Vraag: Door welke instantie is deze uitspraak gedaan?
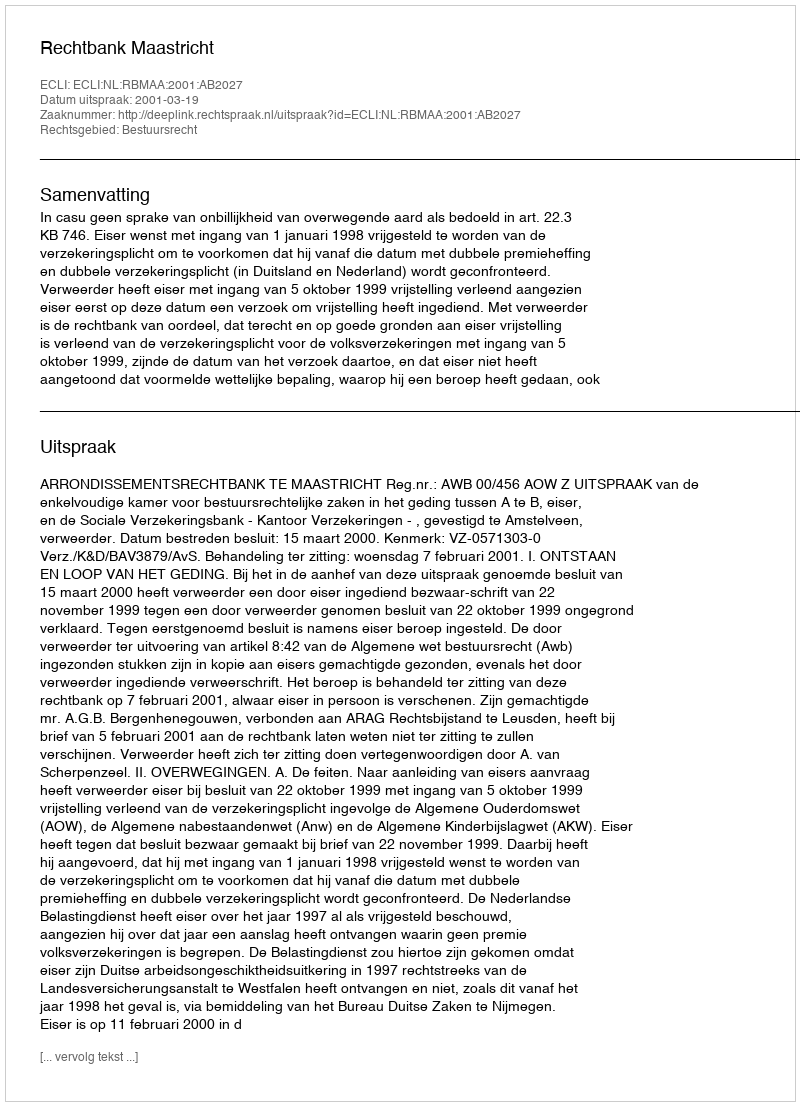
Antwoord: Rechtbank Maastricht